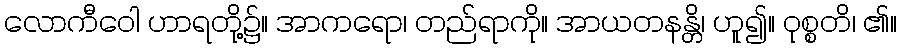
လောကီဝေါ ဟာရတို့၌။ အာကရော၊ တည်ရာကို။ အာယတနန္တိ၊ ဟူ၍။ ဝုစ္စတိ၊ ၏။